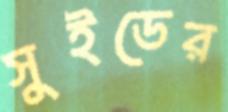
সুইডের